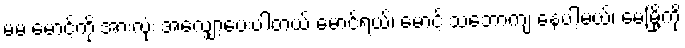
မမ မောင့်ကို အားလုံး အလျှော့ပေးပါတယ် မောင်ရယ်၊ မောင့် သဘောကျ နေပါ့မယ်၊ မေမြို့ကို